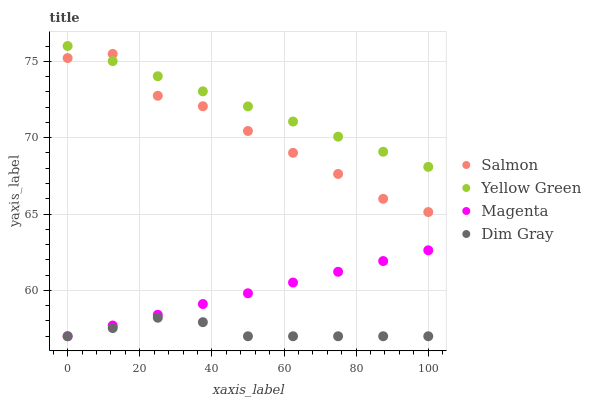
| xaxis_label | Salmon | Yellow Green | Magenta | Dim Gray |
 | --- | --- | --- | --- | --- |
 | 0 | 75.2 | 76 | 57 | 57 |
 | 12.5 | 75.5 | 75 | 57.7 | 57.5 |
 | 25 | 72.7 | 74 | 58.4 | 58.2 |
 | 37.5 | 72.1 | 73 | 59.1 | 57.9 |
 | 50 | 70.4 | 72 | 59.8 | 57 |
 | 62.5 | 69 | 71.1 | 60.5 | 57 |
 | 75 | 67.6 | 70.1 | 61.2 | 57 |
 | 87.5 | 66 | 69.1 | 61.9 | 57 |
 | 100 | 65.1 | 68.1 | 62.6 | 57 |